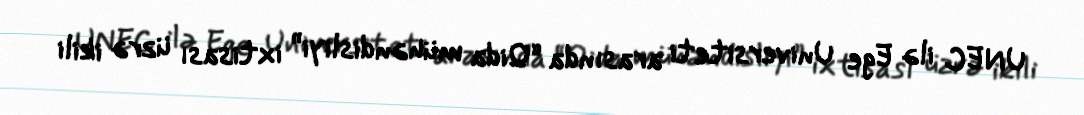
UNEC ilə Ege Universiteti arasında “Qida mühəndisliyi” ixtisası üzrə ikili